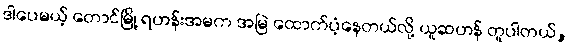
ဒါပေမယ့် တောင်မြို့ ရဟန်းအမက အမြဲ ထောက်ပံ့နေတယ်လို့ ယူဆဟန် တူပါတယ်,